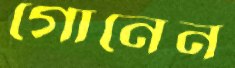
গোনেন